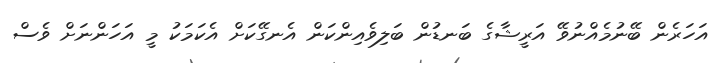
އަހަރެން ބޭނުމެއްނުވޭ އަރީޝާގެ ބަނޑުން ބަލިވެއިންކަން އެނގޭކަށް އެކަމަކު މީ އަހަންނަށް ވެސް